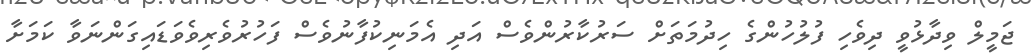
ޖަމީލް ވިދާޅުވީ ދިވެހި ފުލުހުންގެ ހިދުމަތަށް ސަރުކާރުންވެސް އަދި އެމަނިކުފާނުވެސް ފަހުރުވެރިވެވަޑައިގަންނަވާ ކަމަށާ